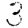
Digit: 3